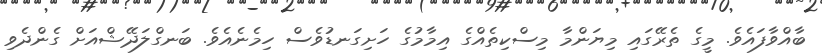
ބާއްވާފައެވެ. މީގެ ތެރޭގައި މިޔަންމާ މިސްކިތެއްގެ އިމާމުގެ ހަށިގަނޑުވެސް ހިމެނެއެވެ. ބަނގްލަދޭޝްއަށް ގެންދެވި